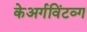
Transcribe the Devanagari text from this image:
केअर्गविंटव्ग